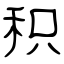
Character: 积